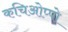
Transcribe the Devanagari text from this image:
कचिओप्पो